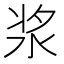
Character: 浆